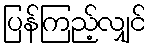
ပြန်ကြည့်လျှင်